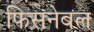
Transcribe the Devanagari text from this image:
फिसनेबल